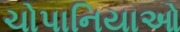
ચોપાનિયાઓ